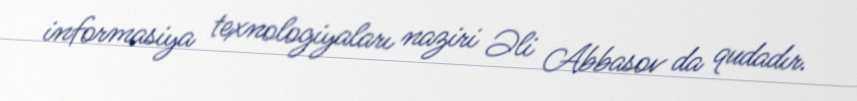
informasiya texnologiyaları naziri Əli Abbasov da qudadır.